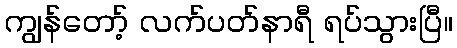
ကျွန်တော့် လက်ပတ်နာရီ ရပ်သွားပြီ။